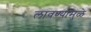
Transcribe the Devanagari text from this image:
लावण्यांमुळे